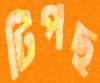
টিপছ